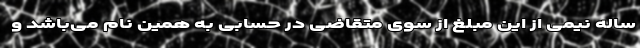
ساله نیمی از این مبلغ از سوی متقاضی در حسابی به همین نام می‌باشد و